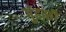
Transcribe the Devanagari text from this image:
गुंडाशी